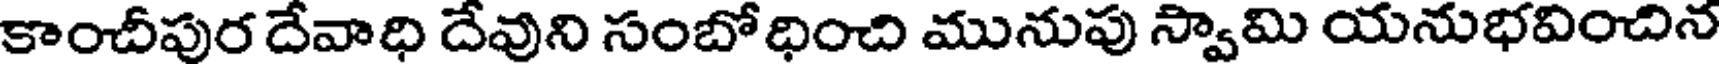
కాంచీపుర దేవాధి దేవుని సంబోధించి మునుపు స్వామి యనుభవించిన